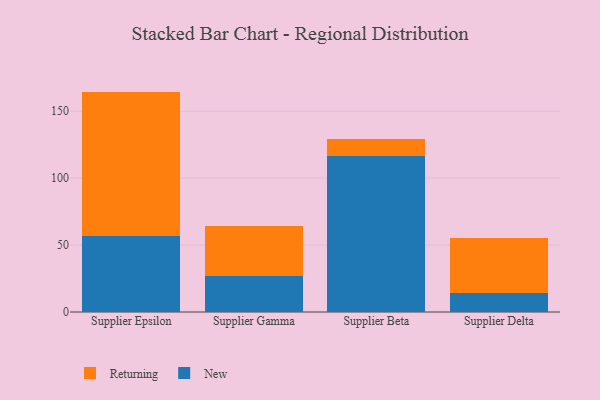
{"axis": {"x": "Supplier", "y": "LTV (USD)"}, "legend": ["New", "Returning"], "data": [{"x": "Supplier Epsilon", "y": 56.6, "type": "New"}, {"x": "Supplier Epsilon", "y": 108.1, "type": "Returning"}, {"x": "Supplier Gamma", "y": 27.1, "type": "New"}, {"x": "Supplier Gamma", "y": 36.9, "type": "Returning"}, {"x": "Supplier Beta", "y": 116.6, "type": "New"}, {"x": "Supplier Beta", "y": 12.6, "type": "Returning"}, {"x": "Supplier Delta", "y": 14.0, "type": "New"}, {"x": "Supplier Delta", "y": 41.1, "type": "Returning"}]}